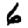
Digit: 6